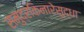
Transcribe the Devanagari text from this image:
समुद्रकिनारेसुद्धा